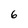
Character: 6